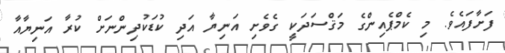
ފަށާފައެވެ. މި ކެމްޕެއިންގެ މަޤްސަދަކީ ގެވެށި އަނިޔާ އަދި ކުޑަކުދިންނަށް ކުރާ އަނިޔާއާ